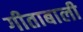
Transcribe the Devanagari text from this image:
गीताबाली